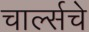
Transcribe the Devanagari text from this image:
चार्ल्सचे